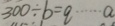
3 0 0 \div b = q \cdots a